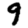
Digit: 9